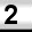
Digit: 2